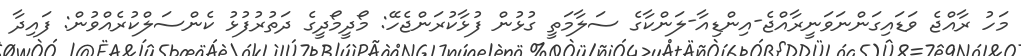
މަހު ރާއްޖެ ވަޑައިގަންނަވަނީރާއްޖެ-އިންޑިއާ-ލަންކާގެ ސަލާމަތީ ގުޅުން ފުޅާކުރަންޖެހޭ: މޯދީމޯދީގެ ދަތުރުފުޅު ކެންސަލްކުރެއްވުން: ފައިދާ